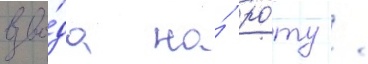
взво́да на́ ро́ту /